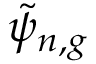
\tilde { \psi } _ { n , g }